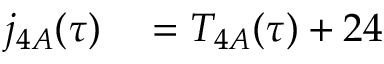
\begin{array} { r l } { j _ { 4 A } ( \tau ) } & { { } = T _ { 4 A } ( \tau ) + 2 4 } \end{array}